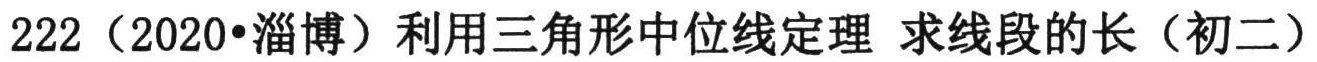
222（2020•淄博）利用三角形中位线定理 求线段的长（初二）